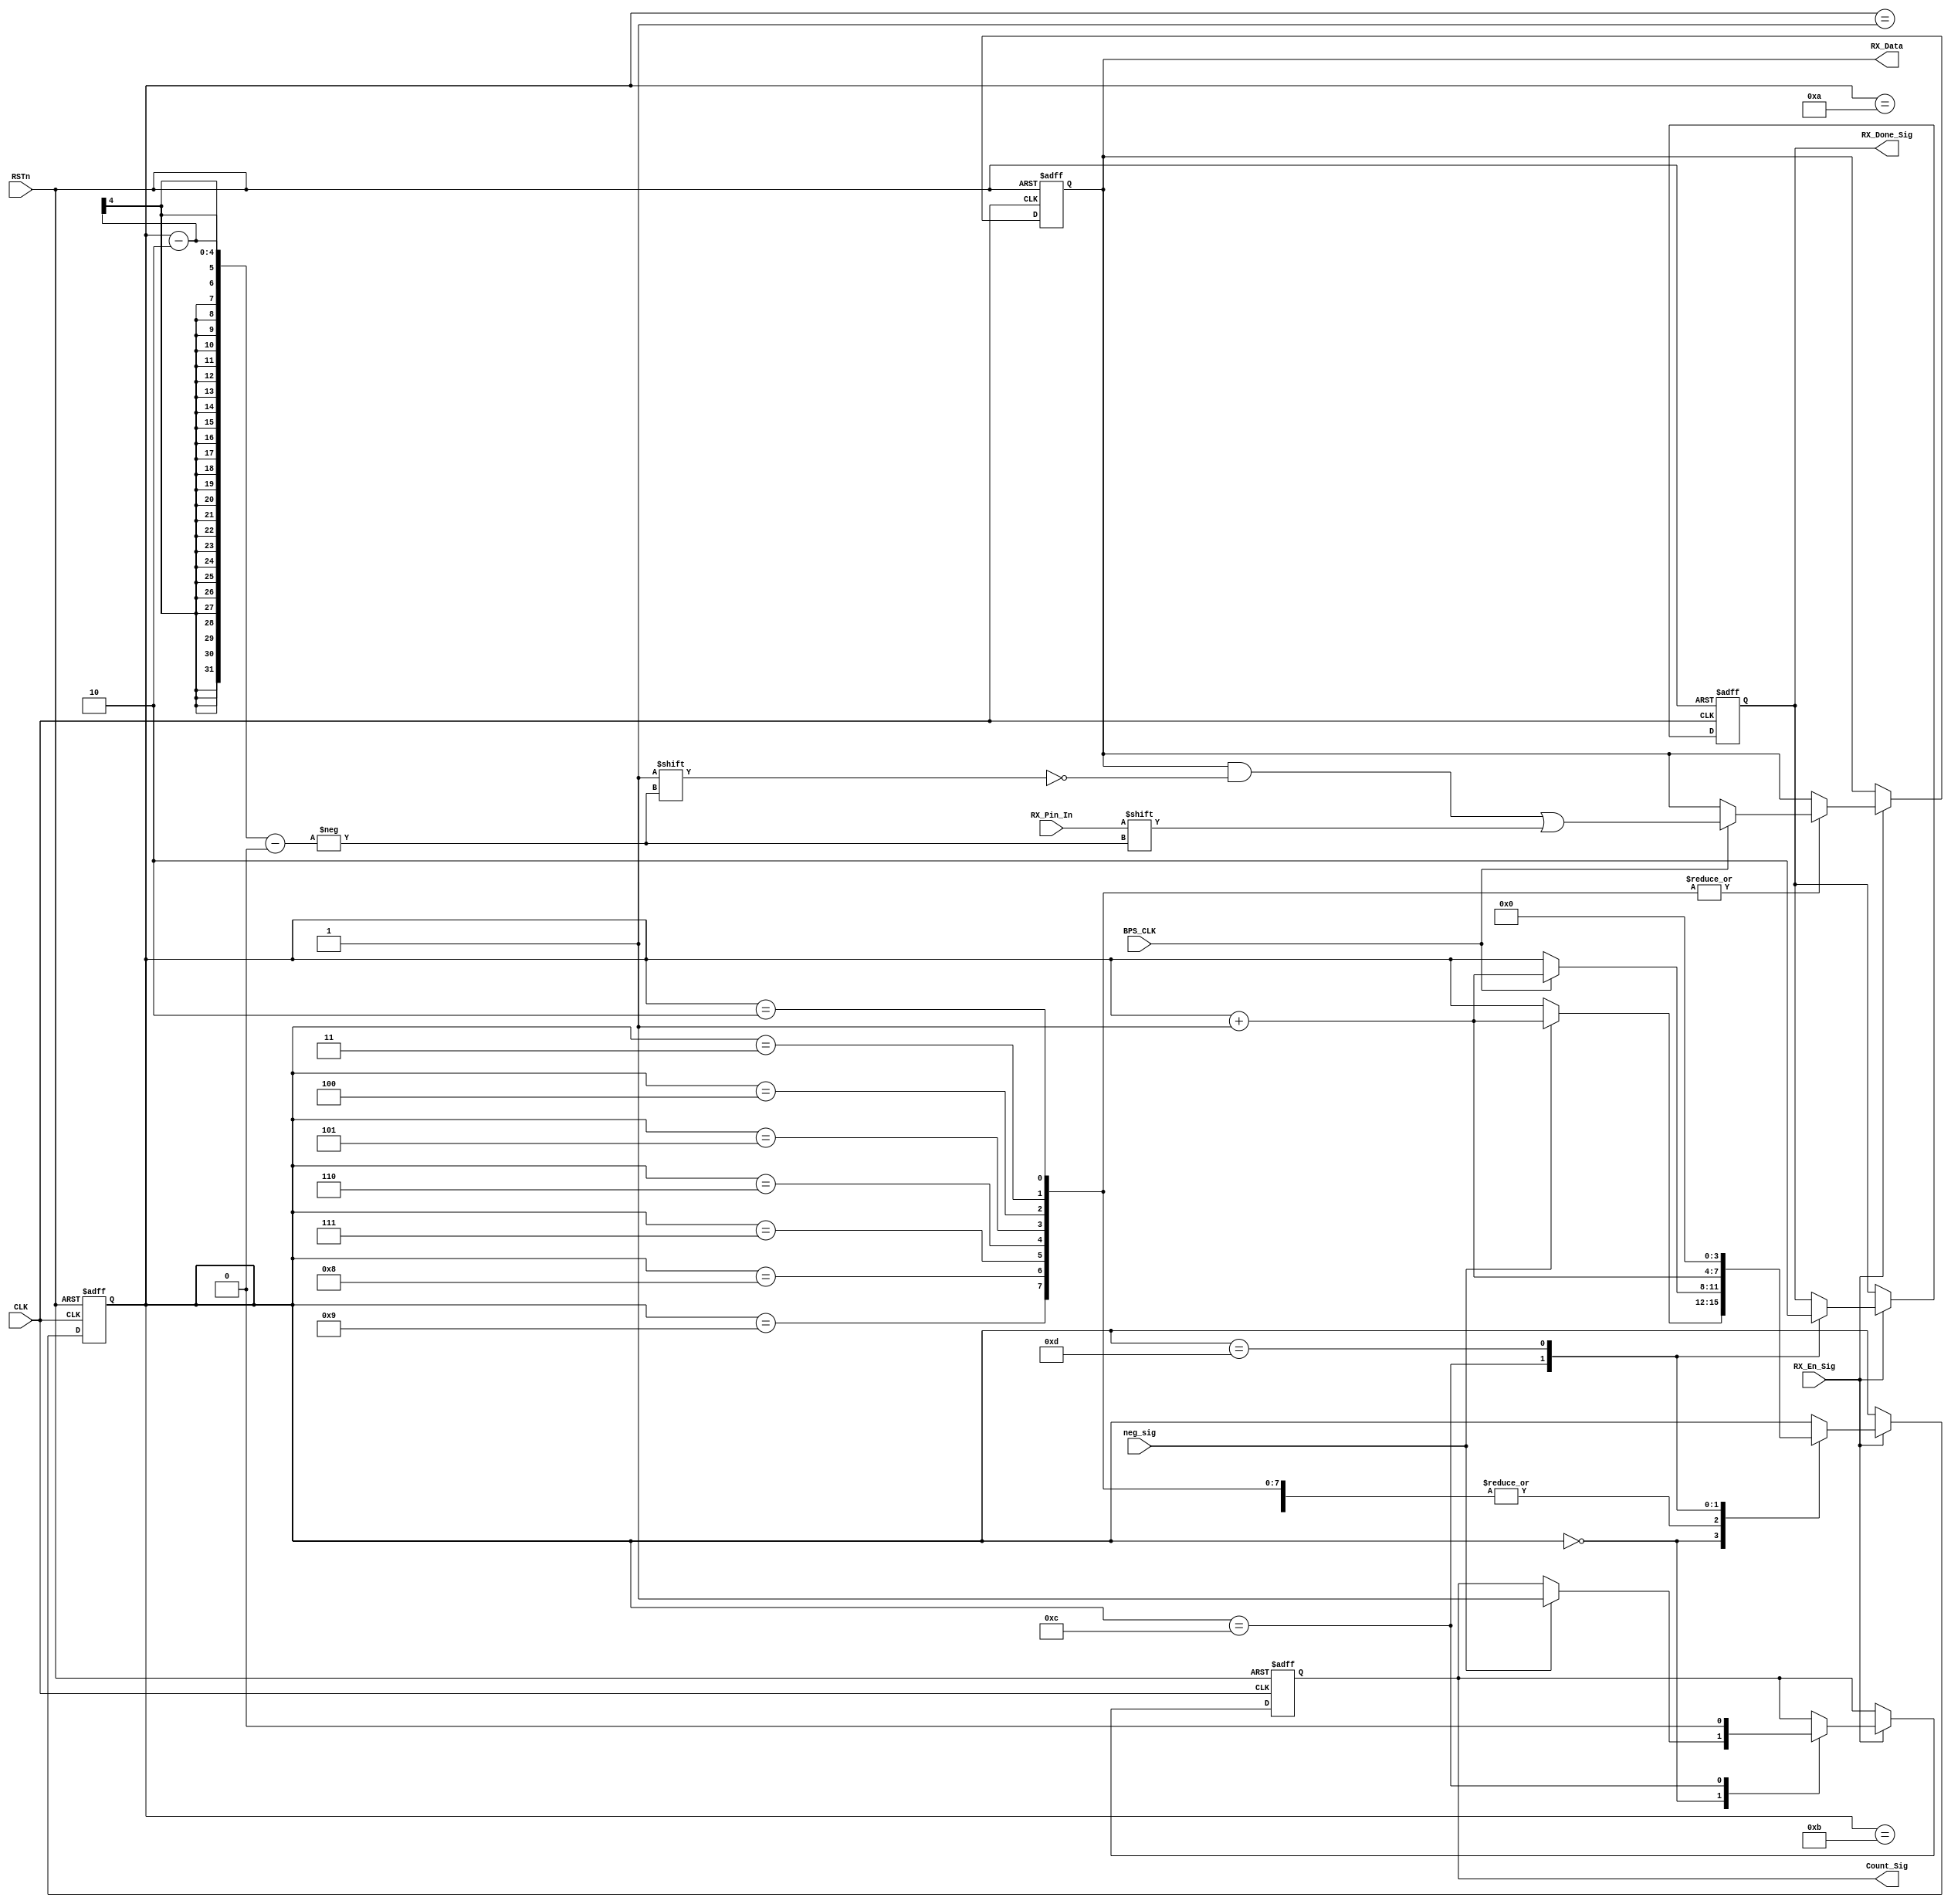
module rx_control_module
(
   CLK, RSTn, neg_sig, RX_En_Sig, RX_Pin_In, BPS_CLK, Count_Sig, RX_Data, RX_Done_Sig
	 
);

    input CLK;
	 input RSTn;
	 
	 input neg_sig;
	 input RX_En_Sig;
	 input RX_Pin_In;
	 input BPS_CLK;
	 
	 output Count_Sig;
	 output [7:0]RX_Data;
	 output RX_Done_Sig;
	 
	 
	 /********************************************************/

	 reg [3:0]State;
	 reg [7:0]rData;		//"r" means register
	 reg isCount;		
	 reg isDone;
	
	 always @ ( posedge CLK or negedge RSTn )
	     if( !RSTn )
		      begin 
		          State <= 4'd0;
					 rData <= 8'd0;
					 isCount <= 1'b0;
					 isDone <= 1'b0;	 
				end
		  else if( RX_En_Sig )	                           //While RX_En_Sig = 1, Receive is Allowed 
		      case ( State )
				
			       4'd0 : 
						if( neg_sig ) 
							begin 
								State <= State + 1'b1; 
								isCount <= 1'b1; 
							end
							
					 4'd1 : 
						if( BPS_CLK ) 
							State <= State + 1'b1;
							
					 4'd2, 4'd3, 4'd4, 4'd5, 4'd6, 4'd7, 4'd8, 4'd9 :
						if( BPS_CLK ) 
							 begin 
								 State <= State + 1'b1; 
								 rData[ State - 2 ] <= RX_Pin_In; 						//Receive rData[0] - rData[7]
							 end
							 
					 4'd10 :
						if( BPS_CLK ) 
							State <= State + 1'b1;
					 
					 4'd11 :
						 if( BPS_CLK ) 
							State <= State + 1'b1;
					
					4'd12 :
						begin 
							State <= State + 1'b1; 
							isDone <= 1'b1;
							isCount <= 1'b0; 
						end
					 
					 4'd13 :
						begin 
							State <= 1'b0; 
							isDone <= 1'b0;
						end
				 
				endcase
				
    /********************************************************/
	 
	 assign Count_Sig = isCount;
	 assign RX_Data = rData;
	 assign RX_Done_Sig = isDone;
	 	 
	 /*********************************************************/
	 
endmodule